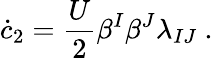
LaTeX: \dot{c}_{2}=\frac{U}2\beta^{I}\beta^{J}\lambda_{IJ}~.